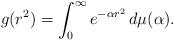
LaTeX: \begin{align*} g(r^2) = \int_0^\infty e^{-\alpha r^2} \, d\mu(\alpha).\end{align*}